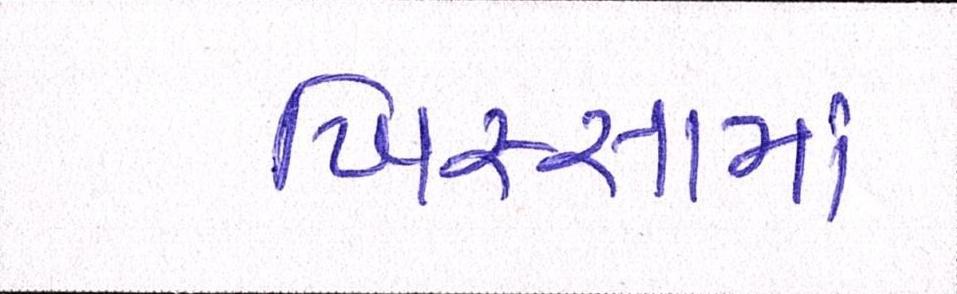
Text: ખિસ્સામાં